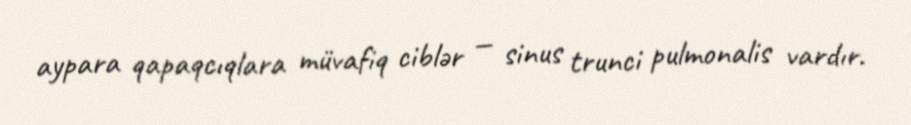
aypara qapaqcıqlara müvafiq ciblər — sinus trunci pulmonalis vardır.